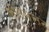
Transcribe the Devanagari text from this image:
कोटमसर